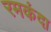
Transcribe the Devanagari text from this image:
रमकंदा